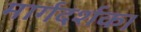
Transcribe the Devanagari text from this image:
मार्गदर्शक।